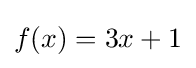
f(x)=3x+1